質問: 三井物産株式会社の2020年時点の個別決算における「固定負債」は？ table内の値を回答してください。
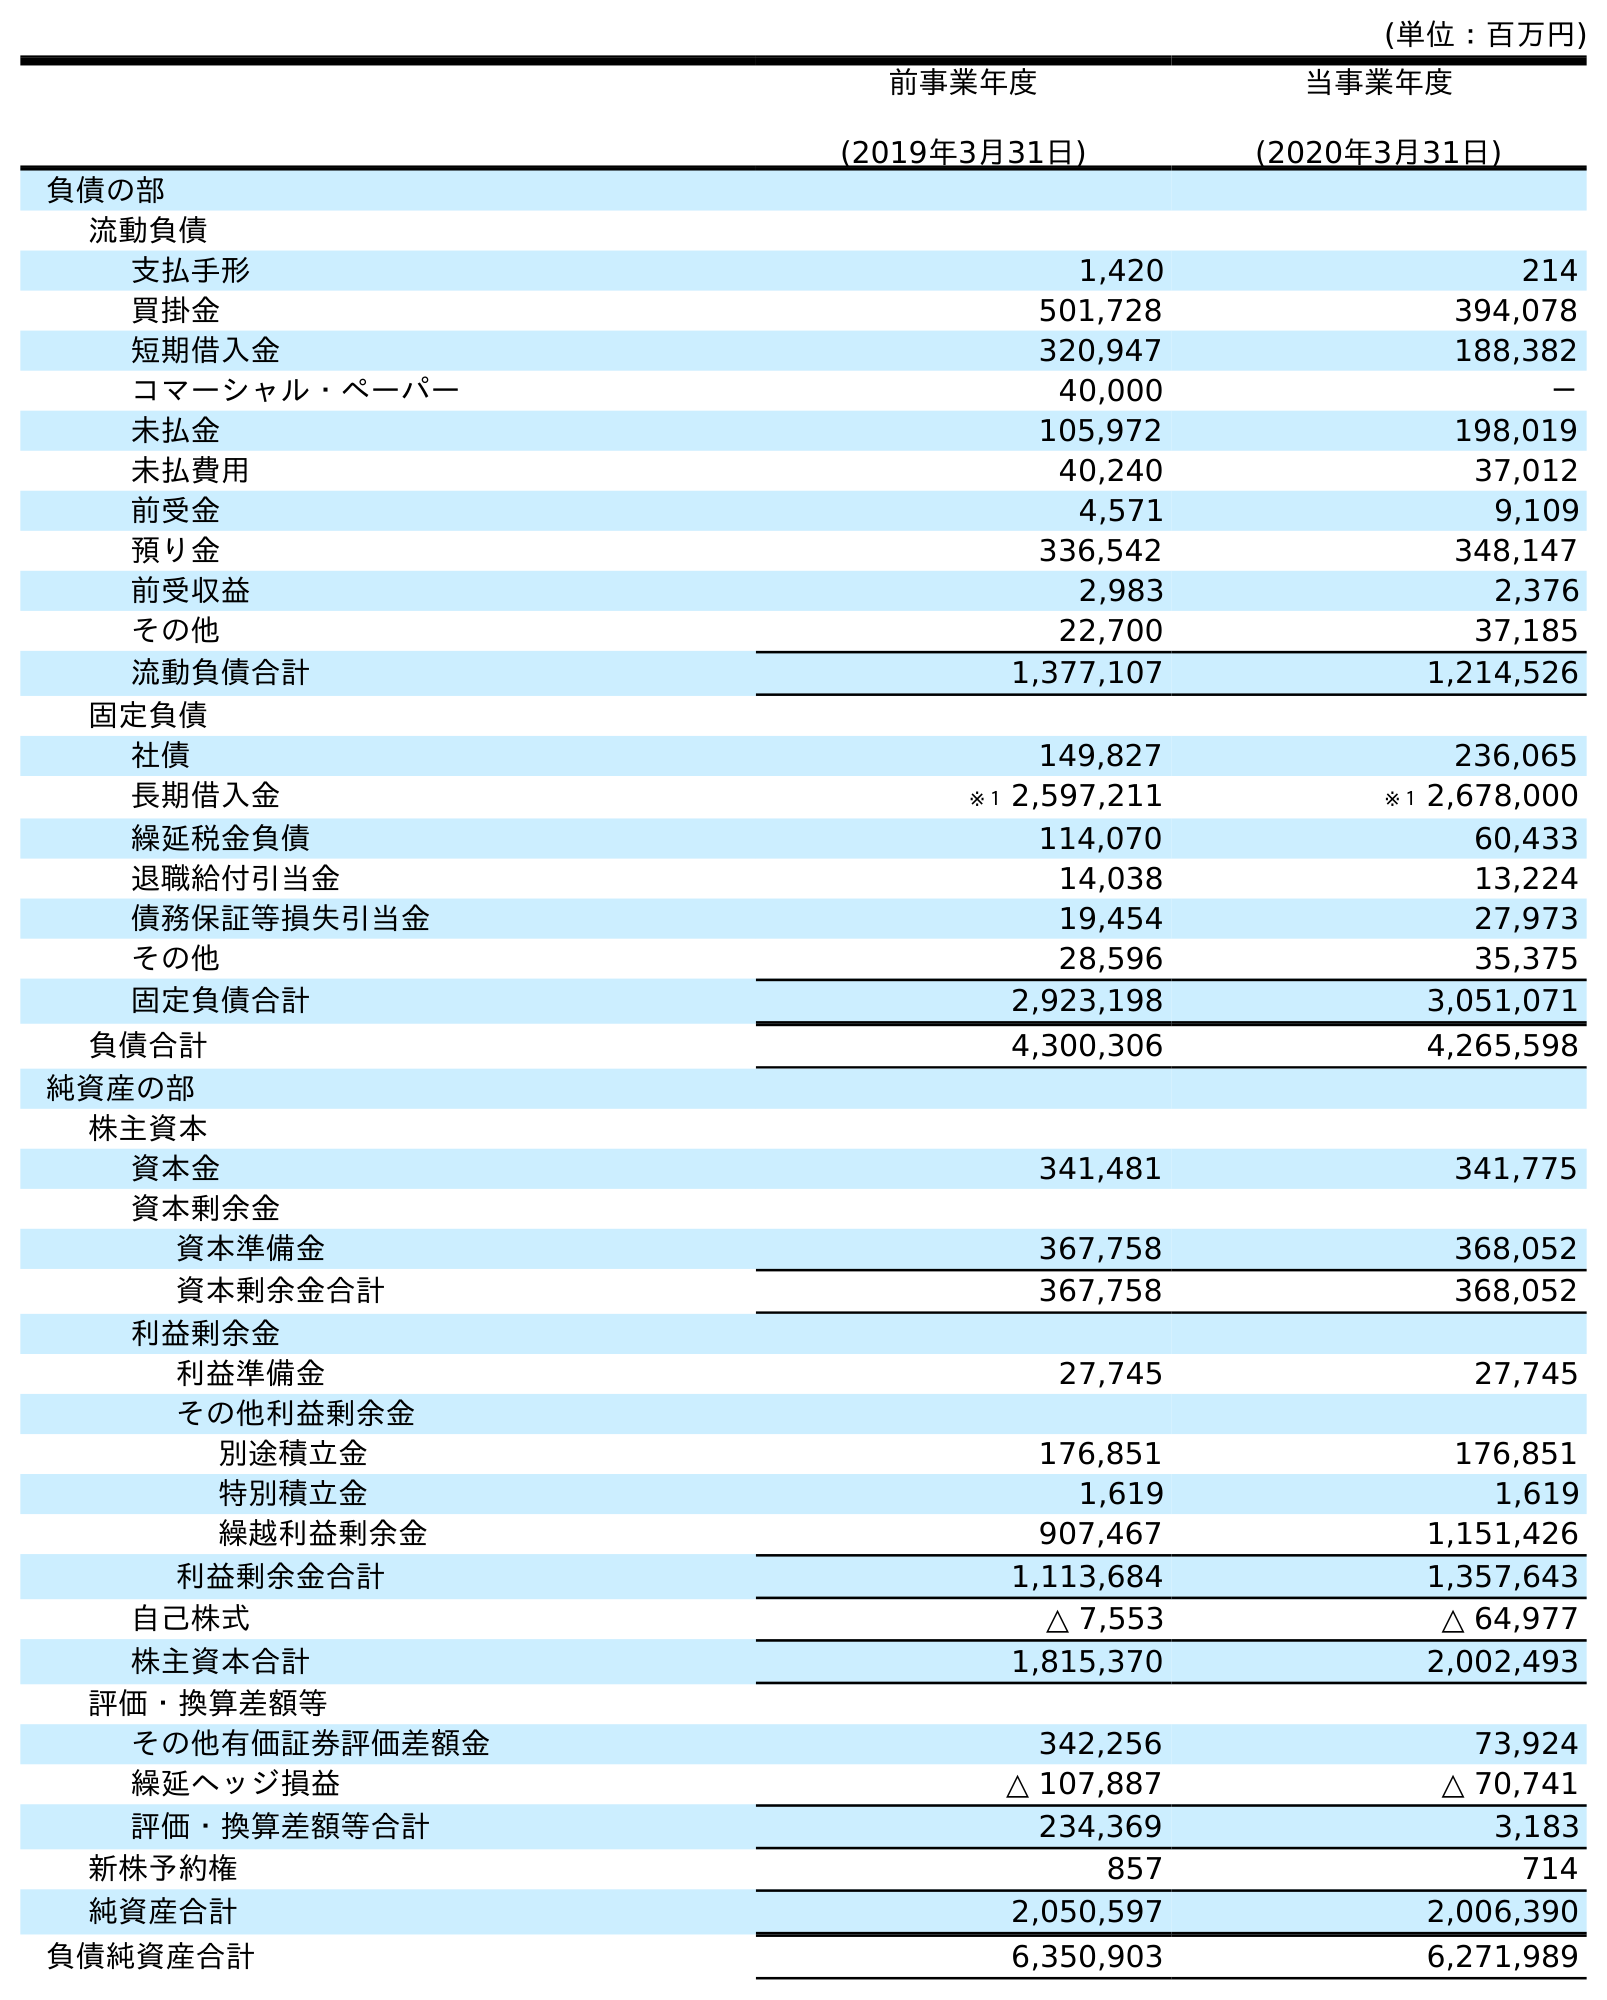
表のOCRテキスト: (単位：百万円) 前事業年度 (2019年3月31日) 当事業年度 (2020年3月31日) 負債の部 流動負債 支払手形 1,420 214 買掛金 501,728 394,078 短期借入金 320,947 188,382 コマーシャル・ペーパー 40,000 － 未払金 105,972 198,019 未払費用 40,240 37,012 前受金 4,571 9,109 預り金 336,542 348,147 前受収益 2,983 2,376 その他 22,700 37,185 流動負債合計 1,377,107 1,214,526 固定負債 社債 149,827 236,065 長期借入金 ※１ 2,597,211 ※１ 2,678,000 繰延税金負債 114,070 60,433 退職給付引当金 14,038 13,224 債務保証等損失引当金 19,454 27,973 その他 28,596 35,375 固定負債合計 2,923,198 3,051,071 負債合計 4,300,306 4,265,598 純資産の部 株主資本 資本金 341,481 341,775 資本剰余金 資本準備金 367,758 368,052 資本剰余金合計 367,758 368,052 利益剰余金 利益準備金 27,745 27,745 その他利益剰余金 別途積立金 176,851 176,851 特別積立金 1,619 1,619 繰越利益剰余金 907,467 1,151,426 利益剰余金合計 1,113,684 1,357,643 自己株式 △ 7,553 △ 64,977 株主資本合計 1,815,370 2,002,493 評価・換算差額等 その他有価証券評価差額金 342,256 73,924 繰延ヘッジ損益 △ 107,887 △ 70,741 評価・換算差額等合計 234,369 3,183 新株予約権 857 714 純資産合計 2,050,597 2,006,390 負債純資産合計 6,350,903 6,271,989
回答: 3,051,071